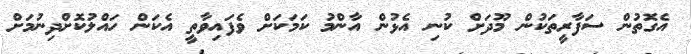
އެގޮތުން ސަފާރީތަކުން މޫދަށް ކުނި އެޅުން އާންމު ކަމަކަށް ވެފައިވާތީ އެކަން ހައްލުކޮށްދިނުމަށް